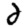
Digit: 2